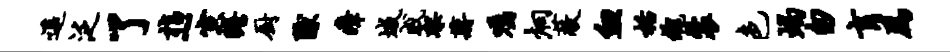
遥泛了指~寅瞻厨隙瘴城戚架蒋嘱炯蔽血栝魂裘色蝎匆肓为